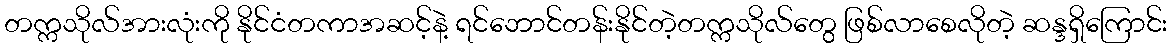
တက္ကသိုလ်အားလုံးကို နိုင်ငံတကာအဆင့်နဲ့ ရင်ဘောင်တန်းနိုင်တဲ့တက္ကသိုလ်တွေ ဖြစ်လာစေလိုတဲ့ ဆန္ဒရှိကြောင်း